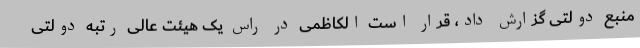
منبع دولتی گزارش داد، قرار است الکاظمی در راس یک هیئت عالی رتبه دولتی